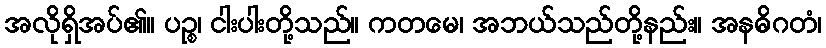
အလိုရှိအပ်၏။ ပဉ္စ၊ ငါးပါးတို့သည်။ ကတမေ၊ အဘယ်သည်တို့နည်း။ အနဓိဂတံ၊